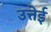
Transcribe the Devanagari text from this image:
उत्तेई